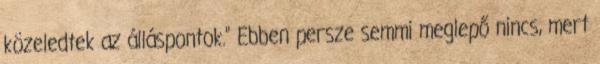
közeledtek az álláspontok.” Ebben persze semmi meglepő nincs, mert